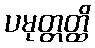
ပမုတ္တတ္ထိ